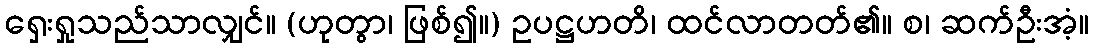
ရှေးရှုသည်သာလျှင်။ (ဟုတွာ၊ ဖြစ်၍။) ဥပဋ္ဌဟတိ၊ ထင်လာတတ်၏။ စ၊ ဆက်ဦးအံ့။